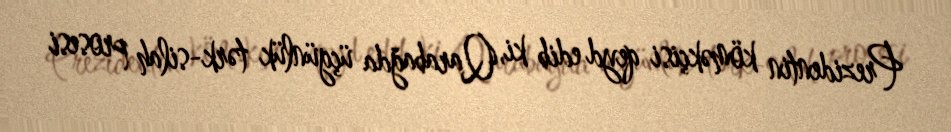
Prezidentin köməkçisi qeyd edib ki, Qarabağda üçgünlük tərk-silah prosesi